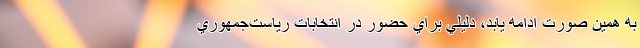
به همين صورت ادامه يابد، دليلي براي حضور در انتخابات رياست‌جمهوري